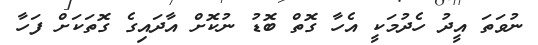
ނުވަތަ އީދު ހެދުމަކީ އެހާ ގޮތް ބޮޑު ނުކޮށް އާދައިގެ ގޮތަކަށް ފަހާ